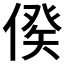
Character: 𠋳